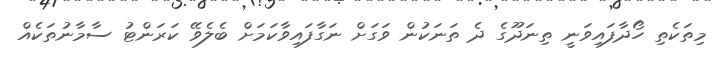
މިތަކެތި ހޯދާފައިވަނީ ތިނަދޫގެ ދެ ތަނަކުން ވަގަށް ނަގާފައިވާކަމަށް ބެލެވޭ ކަރަންޓު ސާމާނުތަކެއް